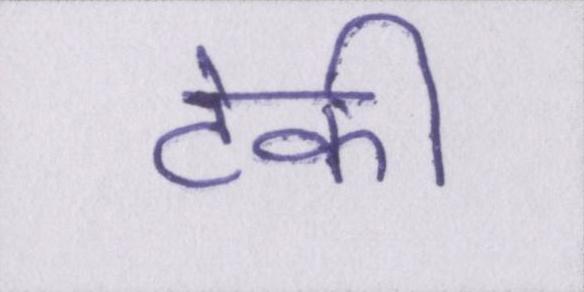
टेकी